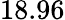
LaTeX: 18.96